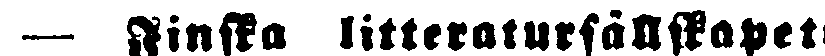
— Finska litteratursällskapets